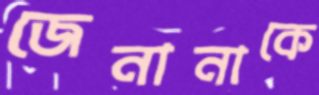
জেনানাকে